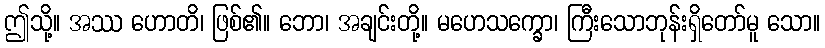
ဤသို့။ အဿ ဟောတိ၊ ဖြစ်၏။ ဘော၊ အချင်းတို့။ မဟေသက္ခော၊ ကြီးသောဘုန်းရှိတော်မူ သော။